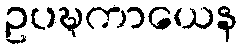
ဥပဍ္ဎကာယေန